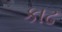
કાઢ